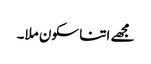
مجھے اتنا سکون ملا۔